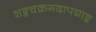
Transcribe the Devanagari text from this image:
शङ्खचक्रगदापद्माङ्क